Indian journal of veterinary science and animal husbandry - Volume 14,
Year: 1944
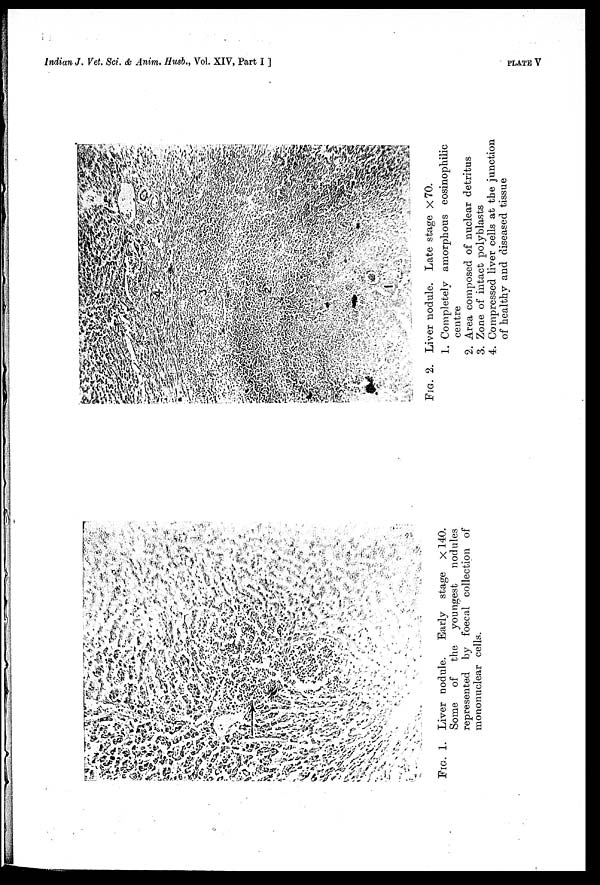
Indian J. Vet. Sci. & Anim. Husb., Vol. XIV, Part I ]
PLATE
V
FIG. 1. Liver nodule.
Early stage × 140.
Some
of the
youngest
nodules
represented by foecal collection of
mononuclear cells.
FIG. 2. Liver nodule. Late stage × 70.
1. Completely amorphous eosinophilic
centre
2. Area composed of nuclear detritus
3. Zone of intact polyblasts
4. Compressed liver cells at the junction
of healthy and diseased tissue